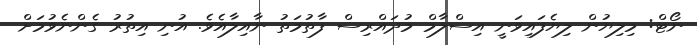
ނޯޓް: މިލިޔުން ލިޔެފައިވަނީ އިސްލާމް މުދައްރިސް ފާތުމަތު ނާއިލާއެވެ. އުނި އިތުރު ގެންނެވުމަށް